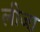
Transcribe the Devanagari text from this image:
लीजा़